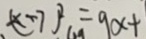
( x - 7 ) ^ { 2 } = 9 x +